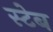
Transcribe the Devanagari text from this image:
स्टेब